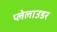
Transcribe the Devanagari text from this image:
प्लेलाउडर